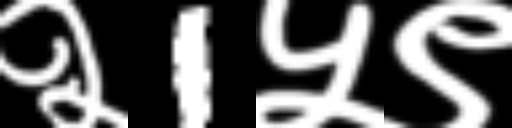
Text: २1५९